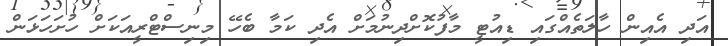
އަދި އެއިން ހާލަތެއްގައި ޑިއުޓީ މާފުކޮށްދިނުމަށް އެދި ކަމާ ބެހޭ މިނިސްޓްރީއަކަށް ހުށަހަޅަން